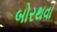
બોરથવા